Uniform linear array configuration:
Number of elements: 16
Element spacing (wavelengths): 0.5
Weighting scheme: cosine
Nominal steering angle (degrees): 30
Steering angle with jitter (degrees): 30.761
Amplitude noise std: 0.05
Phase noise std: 0.05

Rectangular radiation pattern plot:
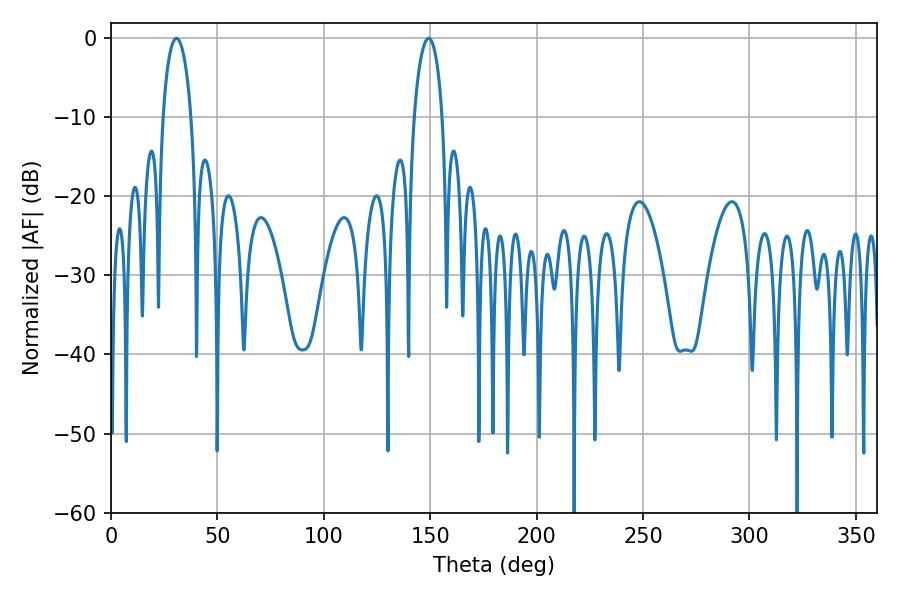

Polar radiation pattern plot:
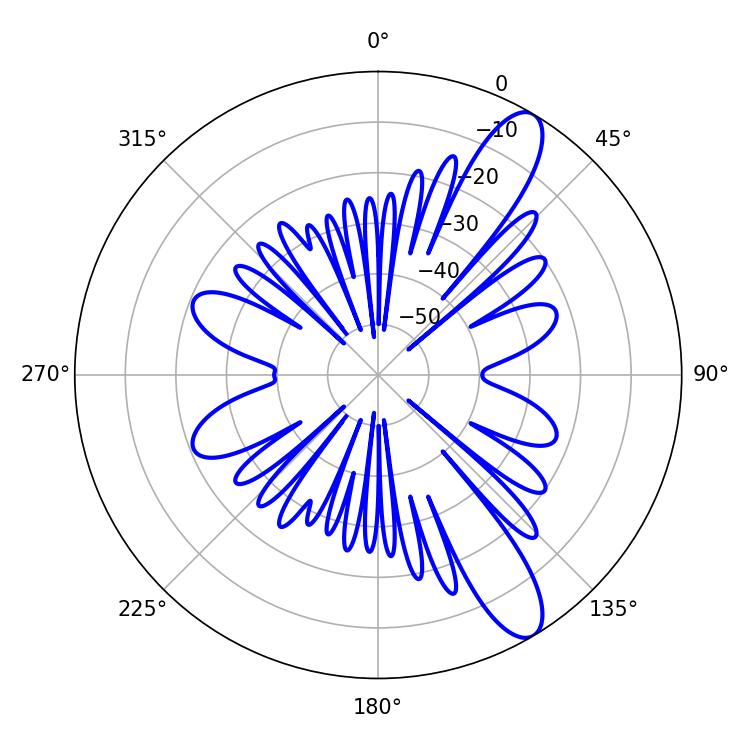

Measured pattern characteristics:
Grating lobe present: FALSE
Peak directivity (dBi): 11.364
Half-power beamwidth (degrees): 7.56
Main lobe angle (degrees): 30.78